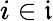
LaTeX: i\in{\mathfrak{i}}